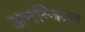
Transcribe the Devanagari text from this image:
अनग्नित्व